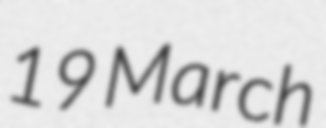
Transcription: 19 March